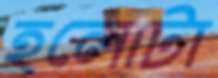
হলোটা